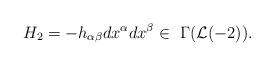
LaTeX: \begin{align*}H_2=-h_{\alpha\beta}dx^\alpha dx^\beta \in \ \Gamma(\mathcal{L}(-2)).\end{align*}